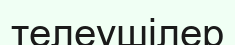
телеушілер